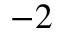
^ { - 2 }